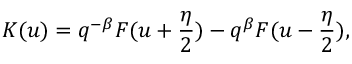
K ( u ) = q ^ { - \beta } F ( u + \frac { \eta } { 2 } ) - q ^ { \beta } F ( u - \frac { \eta } { 2 } ) ,